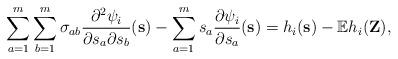
LaTeX: \begin{align*}\sum_{a=1}^m\sum_{b=1}^m\sigma_{ab}\frac{\partial^2\psi_{i}}{\partial s_a\partial s_b}(\mathbf{s})-\sum_{a=1}^ms_a\frac{\partial \psi_{i}}{\partial s_a}(\mathbf{s})=h_i(\mathbf{s})-\mathbb{E}h_i(\mathbf{Z}),\end{align*}